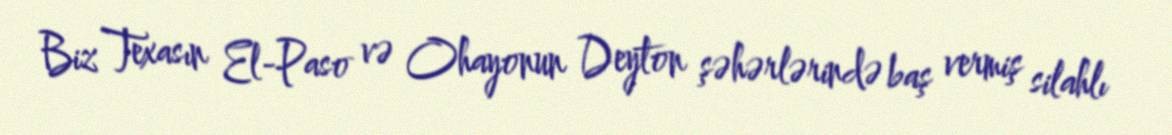
Biz Texasın El-Paso və Ohayonun Deyton şəhərlərində baş vermiş silahlı